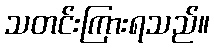
သတင်းကြားရသည်။